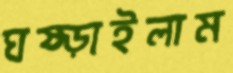
ঘষ্‌ড়াইলাম